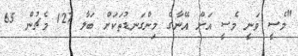
"މެސީ ވަނީ މެސީ އަށް އޭނާގެ މިންގަނޑުތަކަށް ބަލާ 127 މެޗުން 65